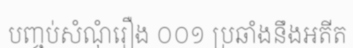
បញ្ចប់សំណុំរឿង ០០១ ប្រឆាំងនឹងអតីត